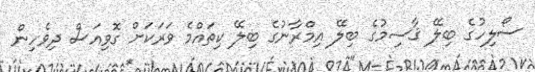
ސޯލިހުގެ ބިލޭ ޤާސިމުގެ ބިލޭ އިމްރާނުގެ ބިލޭ ކިތައްމެ ވަރަކަށް ގޮވިއަސް ދިވެހިން